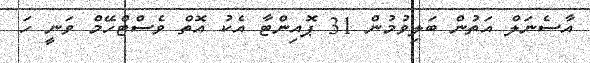
އާސެނަލް އަތުން ބަލިވުމުން 31 ޕޮއިންޓާ އެކު އޮތް ވެސްޓްހޭމް ވަނީ ހަ